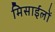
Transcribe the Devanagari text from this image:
मिसाईलों